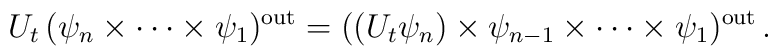
U_t\,(\psi_n\times\cdots\times\psi_1)^{\rm out}= ((U_t\psi_n)\times\psi_{n-1}\times\cdots\times\psi_1)^{\rm out}\,.